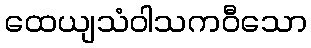
ထေယျသံဝါသကဝီသော